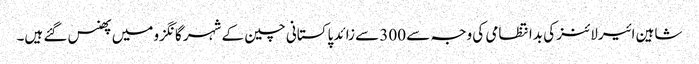
شاہین ائیرلائنز کی بدانتظامی کی وجہ سے 300 سے زائد پاکستانی چین کے شہر گانگزو میں پھنس گئے ہیں۔